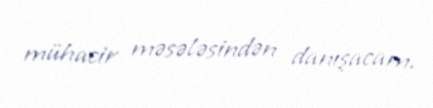
mühacir məsələsindən danışacam.